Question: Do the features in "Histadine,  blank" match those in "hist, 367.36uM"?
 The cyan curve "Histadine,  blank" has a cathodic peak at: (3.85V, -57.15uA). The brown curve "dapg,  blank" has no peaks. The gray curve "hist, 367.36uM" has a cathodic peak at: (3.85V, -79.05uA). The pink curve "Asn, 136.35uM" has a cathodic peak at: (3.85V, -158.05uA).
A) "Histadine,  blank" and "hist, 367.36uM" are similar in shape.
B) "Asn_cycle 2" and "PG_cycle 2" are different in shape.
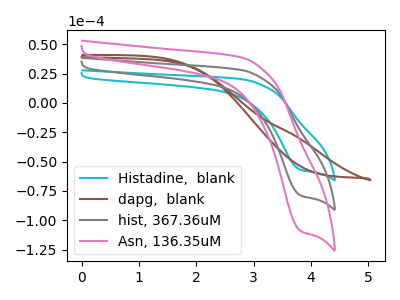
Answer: <think>All the peaks in "Histadine,  blank" have a peak in "hist, 367.36uM" at the same potential. Every peak in "Histadine,  blank" is lower than every peak in "hist, 367.36uM".
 </think>
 <answer>A) "Histadine,  blank" and "hist, 367.36uM" are similar in shape.</answer>
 <eval>A</eval>